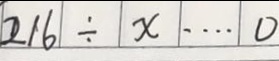
2 1 6 \div x \cdots 0